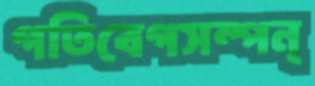
গতিবেগসম্পন্